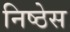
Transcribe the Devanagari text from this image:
निष्ठेस